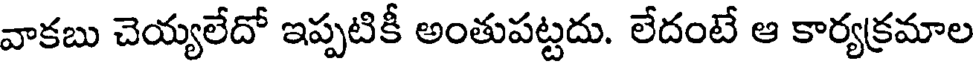
వాకబు చెయ్యలేదో ఇప్పటికీ అంతుపట్టదు. లేదంటే ఆ కార్యక్రమాల